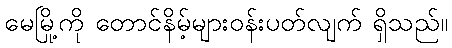
မေမြို့ကို တောင်နိမ့်များဝန်းပတ်လျက် ရှိသည်။